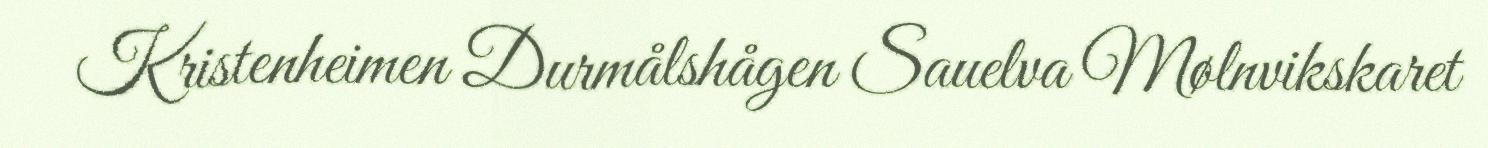
Kristenheimen Durmålshågen Sauelva Mølnvikskaret